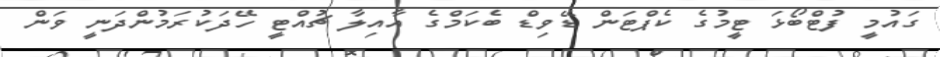
ގައުމީ ފުޓްބޯޅަ ޓީމުގެ ކެޕްޓަން ޑޭވިޑް ބެކަމްގެ އާއިލާ ޗުއްޓީ ހޭދަކުރަމުންދަނީ ވަން